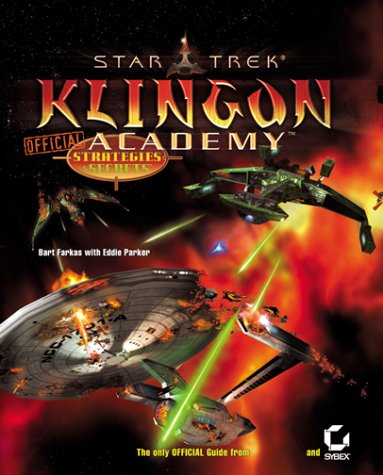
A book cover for Star Trek: Klingon Academy Official Strategies & Secrets; Bart Farkas; Science Fiction & Fantasy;